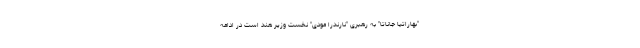
"بهاراتیا جاناتا" به رهبری "نارندرا مودی" نخست وزیر هند است در ادامه